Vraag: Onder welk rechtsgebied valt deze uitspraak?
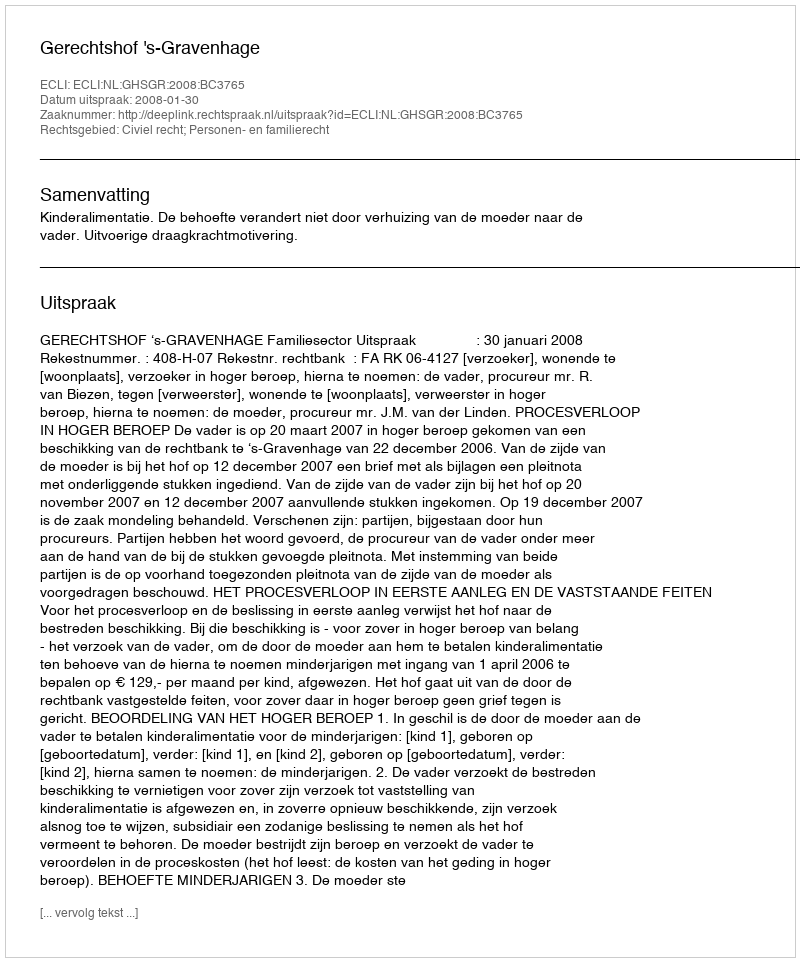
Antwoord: Civiel recht; Personen- en familierecht